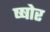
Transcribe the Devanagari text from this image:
ष्षोर